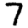
Digit: 7